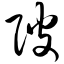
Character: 陂